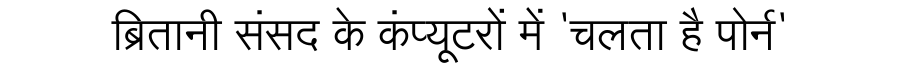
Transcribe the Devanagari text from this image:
ब्रितानी संसद के कंप्यूटरों में 'चलता है पोर्न'